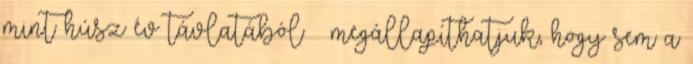
mint húsz év távlatából – megállapíthatjuk, hogy sem a